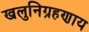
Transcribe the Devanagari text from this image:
खलुनिग्रहणाय